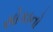
સોકાનો